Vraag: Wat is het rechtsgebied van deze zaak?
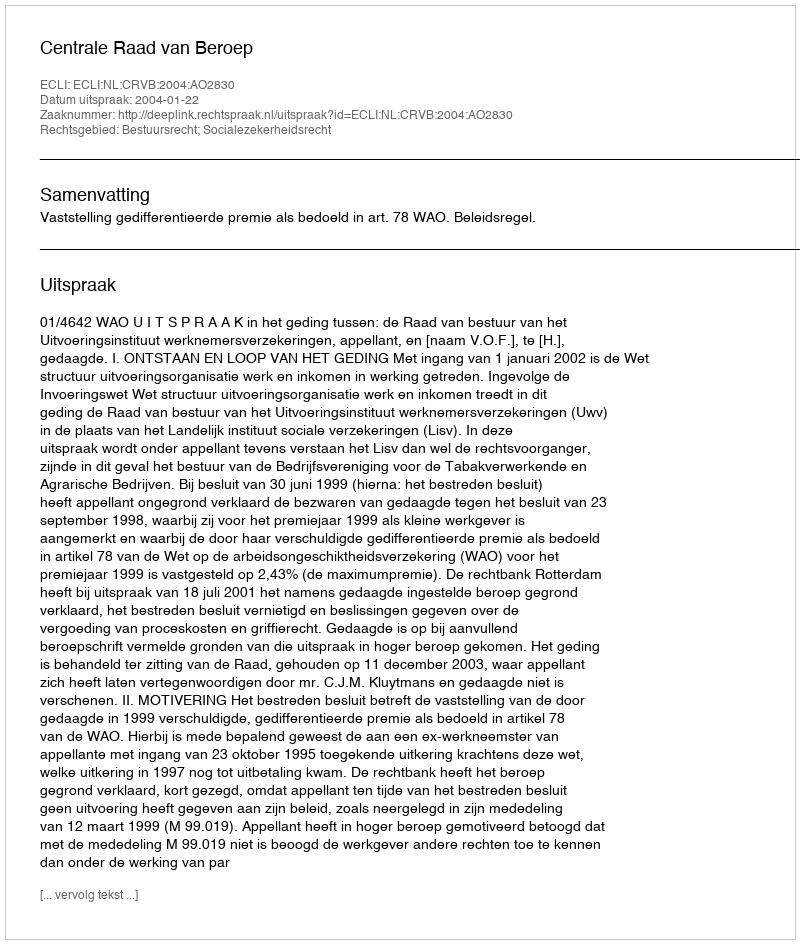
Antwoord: Bestuursrecht; Socialezekerheidsrecht